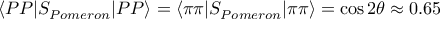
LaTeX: \langle P P | S _ { P o m e r o n } | P P \rangle = \langle \pi \pi | S _ { P o m e r o n } | \pi \pi \rangle = \cos 2 \theta \approx 0 . 6 5